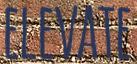
ELEVATE